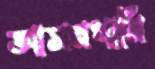
আসনখানি